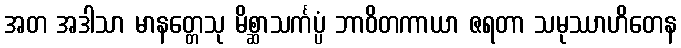
အတ အဒါသာ မာနတ္တေသု မိစ္ဆာသင်္ကပ္ပံ ဘာဝိတကာယာ ဇရတာ သမုဿာဟိတေန